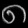
Digit: ၈